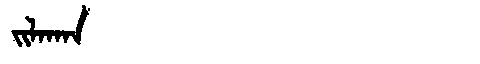
Manchu: ᠵᡳᠯᠠᡴᠠᠨ
Romanization: JILAKAN